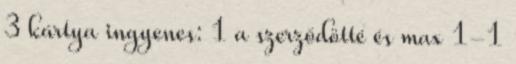
3 kártya ingyenes: 1 a szerződötté és max 1-1